Scottish Leaving Certificate Examination, 1959
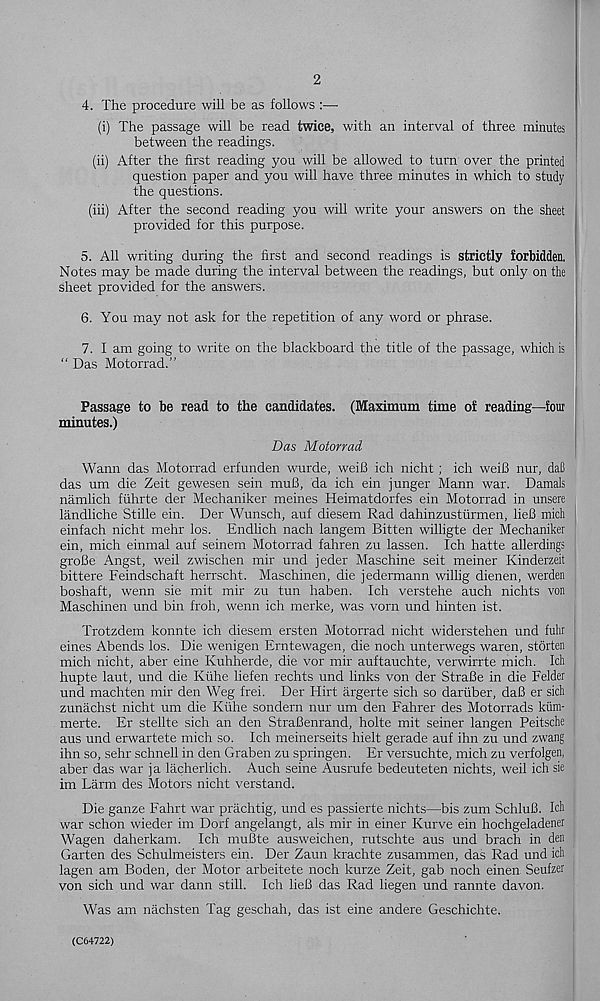
2
4. The procedure will be as follows :—
(i) The passage will be read twice, with an interval of three minutes
between the readings.
(ii) After the first reading you will be allowed to turn over the printed
question paper and you will have three minutes in which to study
the questions.
(iii) After the second reading you will write your answers on the sheet
provided for this purpose.
5. All writing during the first and second readings is strictly forbidden.
Notes may be made during the interval between the readings, but only on the
sheet provided for the answers.
6. You may not ask for the repetition of any word or phrase.
7. I am going to write on the blackboard the title of the passage, which is
“ Das Motorrad.”
Passage to be read to the candidates. (Maximum time of reading—fora
minutes.)
Das Motorrad
Wann das Motorrad erfunden wurde, weiB ich nicht; ich weiB nur, daB
das um die Zeit gewesen sein muB, da ich ein j unger Mann war. Damals
namlich fiihrte der Mechaniker meines Heimatdorfes ein Motorrad in unsere
landliche Stille ein. Der Wunsch, auf diesem Rad dahinzusturmen, lieB mich
einfach nicht mehr los. Endlich nach langem Bitten willigte der Mechaniker
ein, mich einmal auf seinem Motorrad fahren zu lassen. Ich hatte allerdings
groBe Angst, weil zwischen mir und jeder Maschine seit meiner Kinderzeit
bittere Feindschaft herrscht. Maschinen, die jedermann willig dienen, werden
boshaft, wenn sie mit mir zu tun haben. Ich verstehe auch nichts von
Maschinen und bin froh, wenn ich merke, was vorn und hinten ist.
Trotzdem konnte ich diesem ersten Motorrad nicht widerstehen und fuhr
eines Abends los. Die wenigen Erntewagen, die noch unterwegs waren, storten
mich nicht, aber eine Kuhherde, die vor mir auftauchte, verwirrte mich. Ich
hupte laut, und die Kiihe liefen rechts und links von der StraBe in die Felder :
und machten mir den Weg frei. Der Hirt argerte sich so daruber, daB er sich
zunachst nicht um die Kiihe sondern nur um den Fahrer des Motorrads kiim-
merte. Er stellte sich an den StraBenrand, holte mit seiner langen Peitsche
aus und erwartete mich so. Ich meinerseits hielt gerade auf ihn zu und zwang
ihn so, sehr schnell in den Graben zu springen. Er versuchte, mich zu verfolgen,
aber das war ja lacherlich. Auch seine Ausrufe bedeuteten nichts, weil ich sie
im Farm des Motors nicht verstand.
Die ganze Fahrt war prachtig, und es passierte nichts—bis zum SchluB. Ich
war schon wieder im Dorf angelangt, als mir in einer Kurve ein hochgeladener
Wagen daherkam. Ich muBte ausweichen, rutschte aus und brach in den
Garten des Schulmeisters ein. Der Zaun krachte zusammen, das Rad und ich
lagen am Boden, der Motor arbeitete noch kurze Zeit, gab noch einen Seufzer
von sich und war dann still. Ich lieB das Rad liegen und rannte davon.
Was am nachsten Tag geschah, das ist eine andere Geschichte.
(C64722)